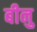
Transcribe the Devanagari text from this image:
बीनु